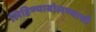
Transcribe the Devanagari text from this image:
लिहिण्याबोलण्याची